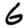
Digit: 6